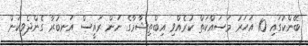
ބޭންކުގައި 10 އަހަރު މަސައްކަތް ކުރެއްވި އިބްތިޝާމާގެ ނަން ރައީސް އަނބުރާ ގެންދެވިކަން